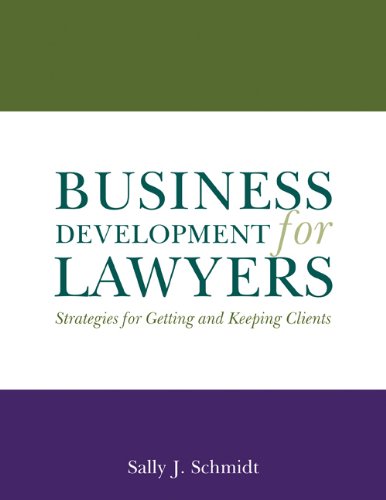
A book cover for Business Development for Lawyers: Strategies for Getting and Keeping Clients; Sally J. Schmidt; Law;